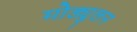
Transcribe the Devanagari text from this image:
मोड्युलन